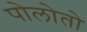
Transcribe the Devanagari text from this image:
पोलोतो